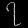
Digit: ၇